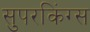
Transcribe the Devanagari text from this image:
सुपरकिंग्स